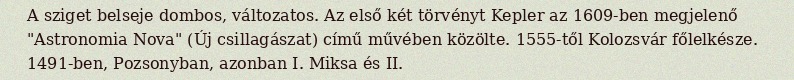
A sziget belseje dombos, változatos. Az első két törvényt Kepler az 1609-ben megjelenő "Astronomia Nova" (Új csillagászat) című művében közölte. 1555-től Kolozsvár főlelkésze. 1491-ben, Pozsonyban, azonban I. Miksa és II.